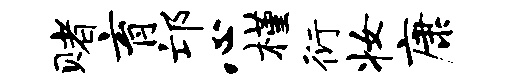
赌育邙心槿衍妆康